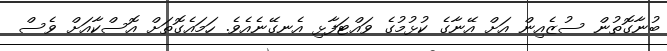
ބުނާގޮތުން ސުޒެއިން އަށް އޭނާގެ ކުޅުމުގެ ވައްޓަފާޅި އެނގޭނެއެވެ. ހަމައެގޮތަށް އޮސްކާއަށް ވެސް